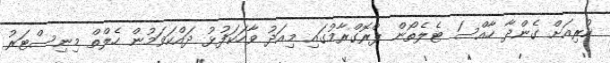
ކުރިއަށް ގެންދާ ހާއްސަ ޓެލެތޯން ޕްރޮގްރާމުގައި މިއަދު ވާހަކަފުޅު ދައްކަވަމުން ހެލްތް މިނިސްޓަރު